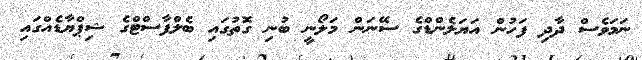
ނަމަވެސް ދާދި ފަހުން އަޔަލެންޑްގެ ސޭނަން މަލޯނީ ބުނި ގޮތުގައި ބެލްފާސްޓްގެ ޝިޕްޔާޑެއްގައި